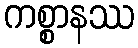
ကစ္စာနဿ